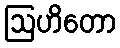
ဩဟိတော